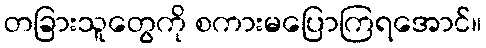
တခြားသူတွေကို စကားမပြောကြရအောင်။